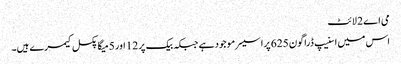
می اے 2 لائٹ
اس میں اسنیپ ڈراگون 625 پراسیسر موجود ہے جبکہ بیک پر 12 اور 5 میگا پکسل کیمرے ہیں۔